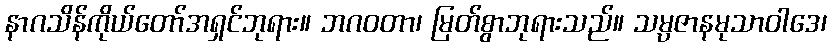
နာဂသိန်ကိုယ်တော်အရှင်ဘုရား။ ဘဂဝတာ၊ မြတ်စွာဘုရားသည်။ သမ္ပဇာနမုသာဝါဒေ၊